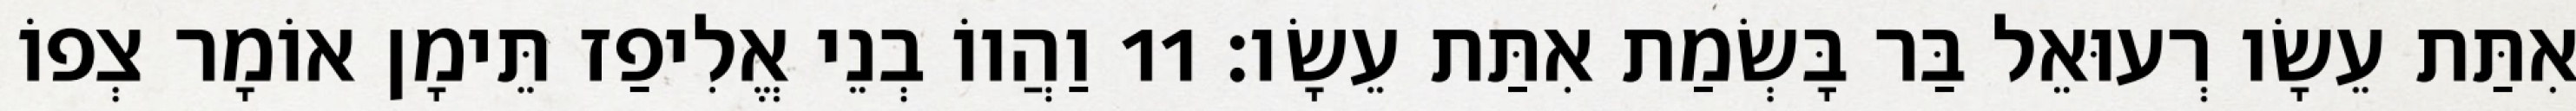
אִתַּת עֵשָׂו רְעוּאֵל בַּר בָּשְׂמַת אִתַּת עֵשָׂו׃ 11 וַהֲווֹ בְנֵי אֱלִיפַז תֵּימָן אוֹמָר צְפוֹ